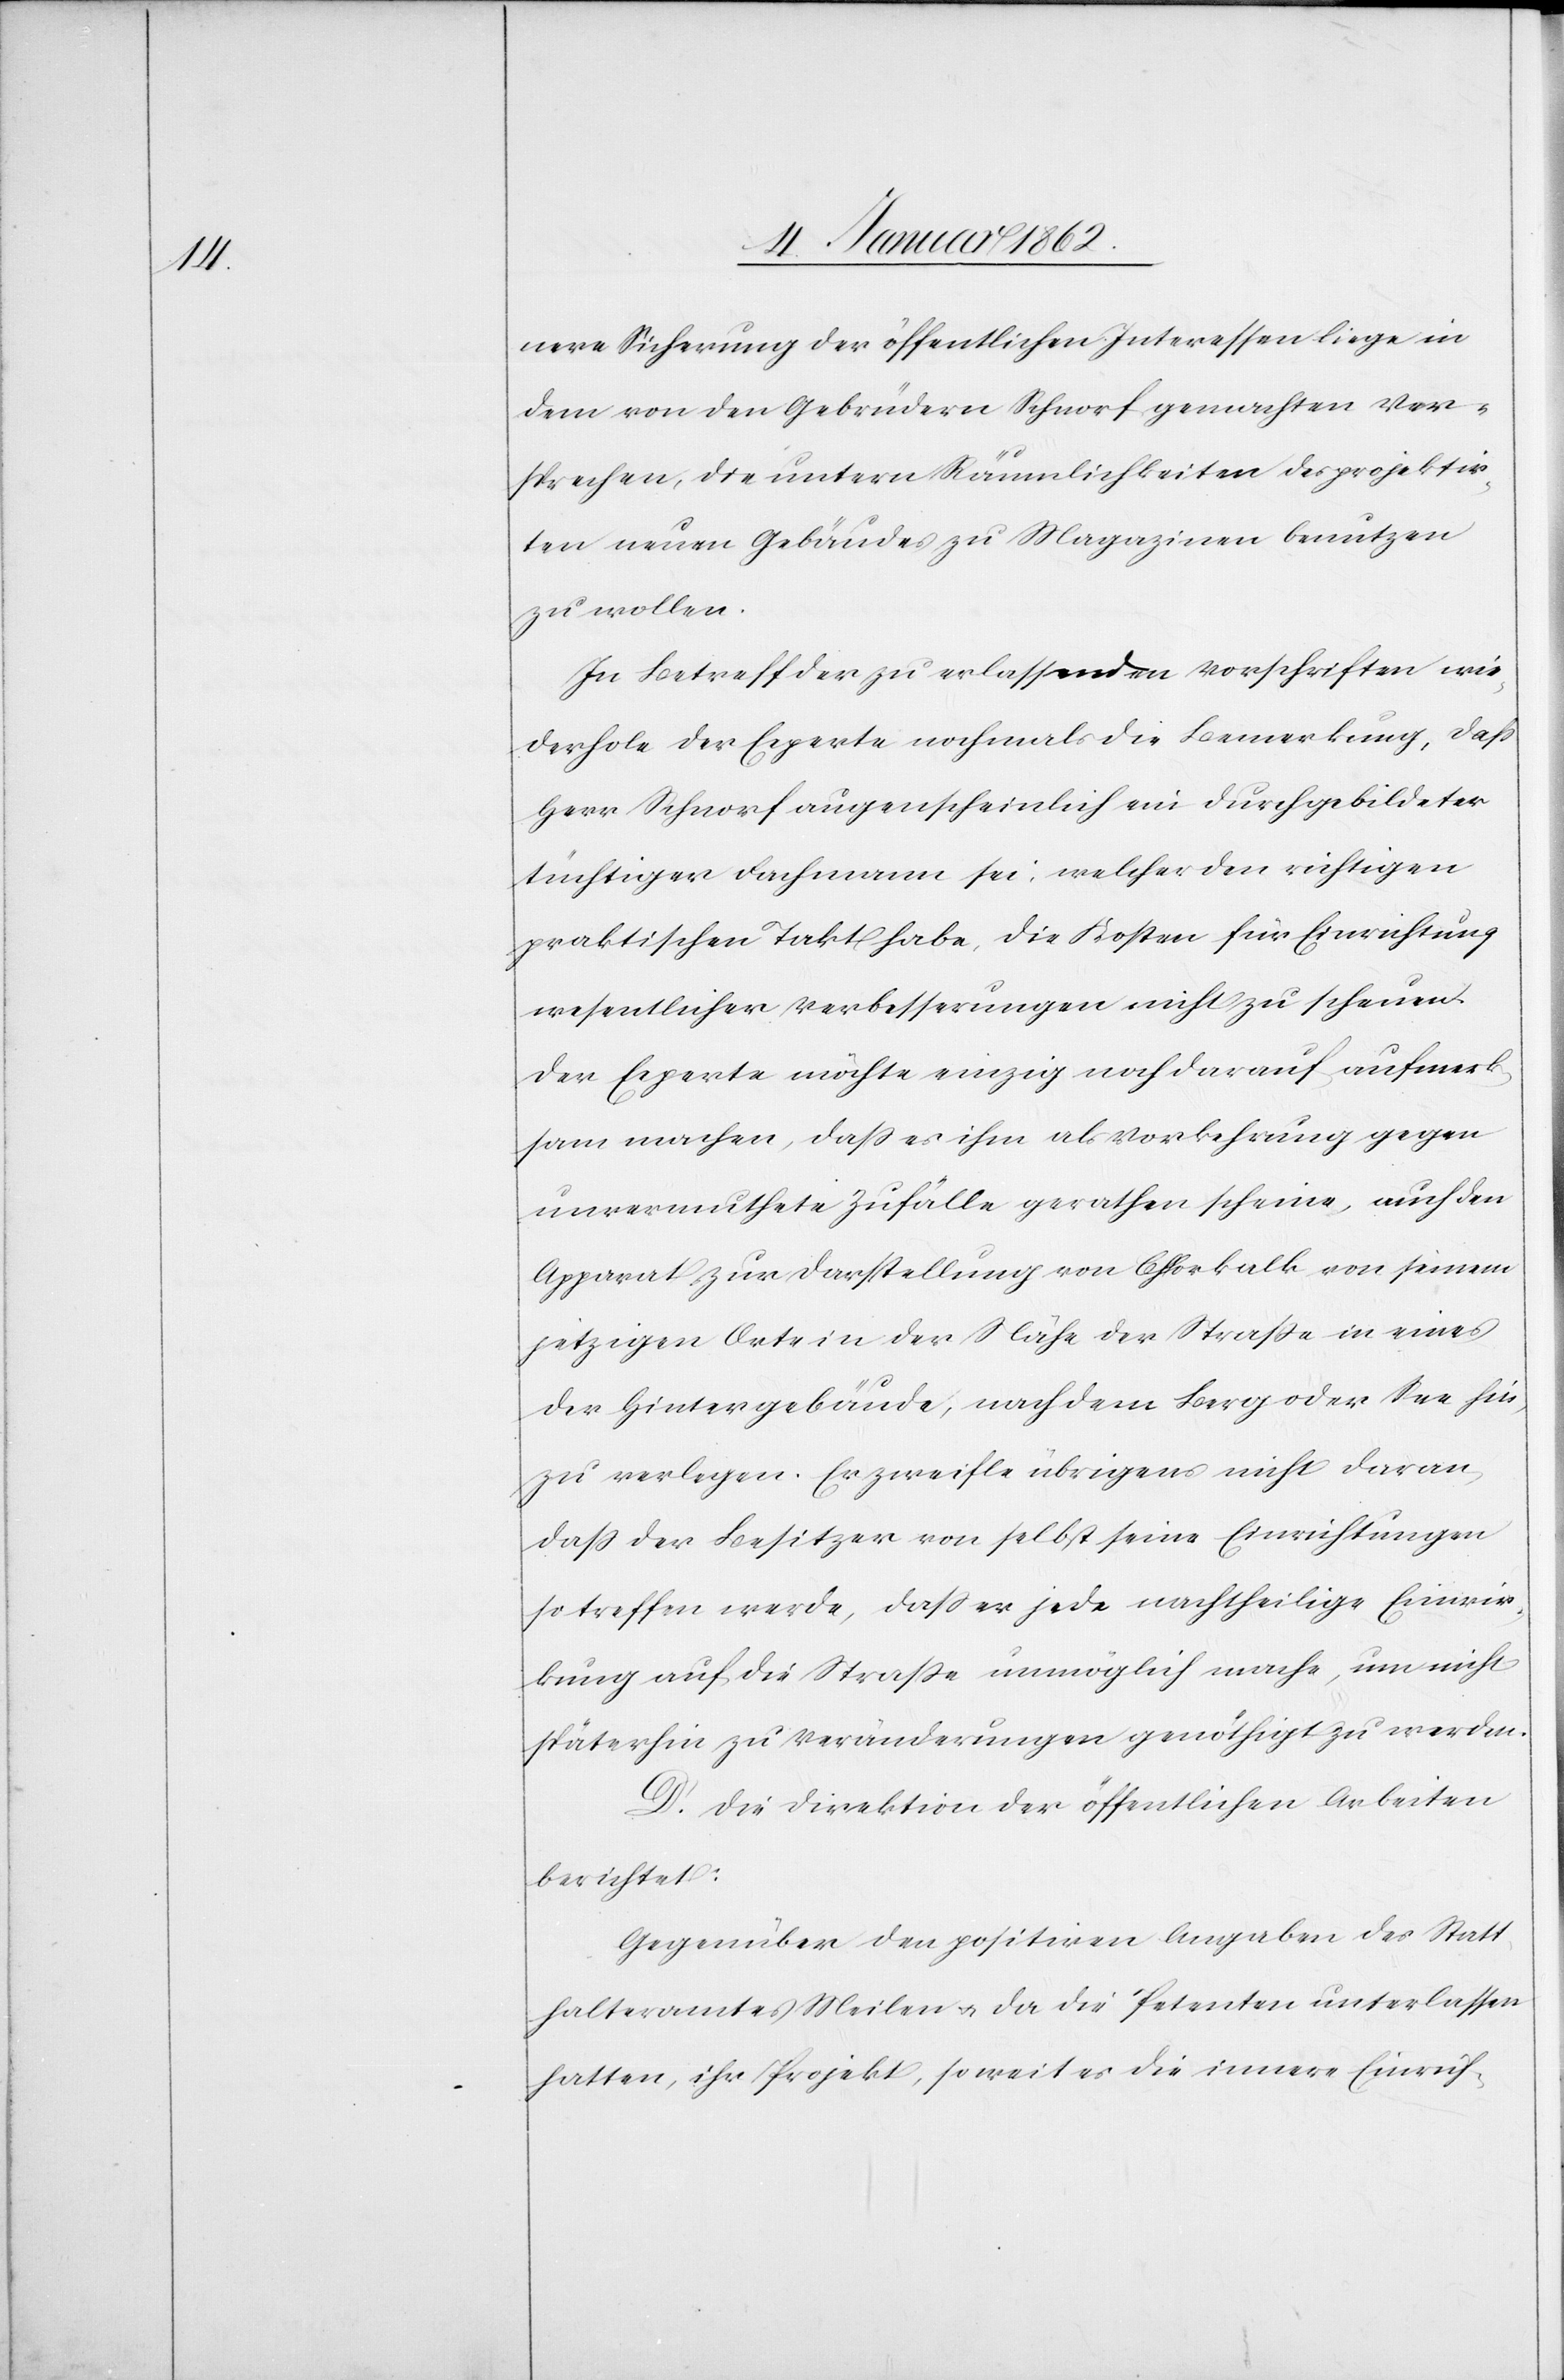
nere Sicherung der öffentlichen Interessen liege in
dem von den Gebrüdern Schnorf gemachten Ver¬
sprechen, die untern Räumlichkeiten des projektir¬
ten neuen Gebäudes zu Magazinen benutzen
zu wollen.
In Betreff der zu erlassenden Vorschriften wie¬
derhole der Experte nochmals die Bemerkung, daß
Herr Schnorf augenscheinlich ein durchgebildeter
tüchtiger Fachmann sei, welcher den richtigen
praktischen Takt habe, die Kosten für Einrichtung
wesentlicher Verbesserungen nicht zu scheuen.
Der Experte möchte einzig noch darauf aufmerk¬
sam machen, daß es ihm als Vorkehrung gegen
unvermuthete Zufälle gerathen scheine, auch den
Apparat zur Darstellung von Chlorkalk von seinem
jetzigen Ort in der Nähe der Straße in eines
der Hintergebäude, nach dem Berg oder See hin
zu verlegen. Er zweifle übrigens nicht daran,
daß der Besitzer von selbst seine Einrichtungen
so treffen werde, daß er jede nachtheilige Einwir¬
kung auf die Straße unmöglich mache, um nicht
späterhin zu Veränderungen genöthigt zu werden.
D. Die Direktion der öffentlichen Arbeiten
berichtet:
Gegenüber den positiven Angaben des Statt¬
halteramtes Meilen u. da die Petenten unterlassen
hatten, ihr Projekt, so weit es die innere Einrich-